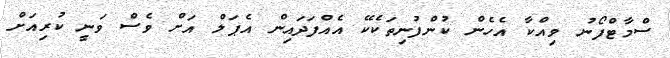
ސްމާޓްފޯނު ވިއްކާ އެހެން ކުންފުނިތަކެކޭ އެއްފަދައިން އެޕަލް އަށް ވެސް ވަނީ ކުރިއަށް